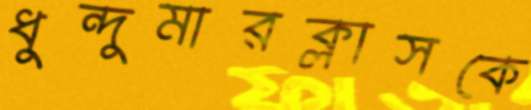
ধুন্দুমারক্লাসকে